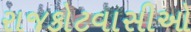
રાજકોટવાસીઓ